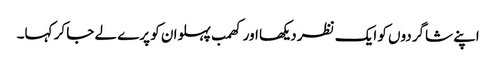
اپنے شاگردوں کو ایک نظر دیکھا اور کھمب پہلوان کو پرے لے جا کر کہا۔